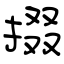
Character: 掇